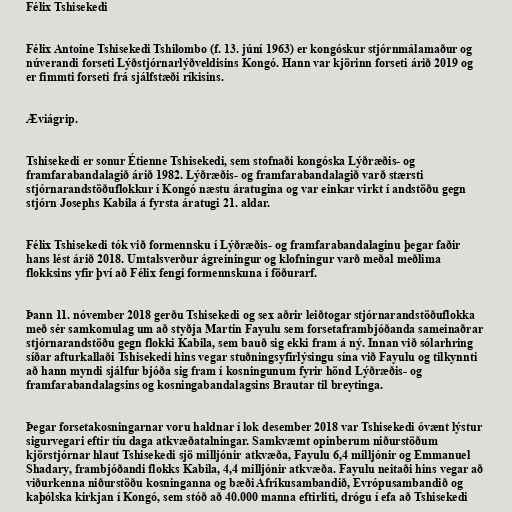
Félix Tshisekedi

Félix Antoine Tshisekedi Tshilombo (f. 13. júní 1963) er kongóskur stjórnmálamaður og
núverandi forseti Lýðstjórnarlýðveldisins Kongó. Hann var kjörinn forseti árið 2019 og
er fimmti forseti frá sjálfstæði ríkisins.

Æviágrip.

Tshisekedi er sonur Étienne Tshisekedi, sem stofnaði kongóska Lýðræðis- og
framfarabandalagið árið 1982. Lýðræðis- og framfarabandalagið varð stærsti
stjórnarandstöðuflokkur í Kongó næstu áratugina og var einkar virkt í andstöðu gegn
stjórn Josephs Kabila á fyrsta áratugi 21. aldar.

Félix Tshisekedi tók við formennsku í Lýðræðis- og framfarabandalaginu þegar faðir
hans lést árið 2018. Umtalsverður ágreiningur og klofningur varð meðal meðlima
flokksins yfir því að Félix fengi formennskuna í föðurarf.

Þann 11. nóvember 2018 gerðu Tshisekedi og sex aðrir leiðtogar stjórnarandstöðuflokka
með sér samkomulag um að styðja Martin Fayulu sem forsetaframbjóðanda sameinaðrar
stjórnarandstöðu gegn flokki Kabila, sem bauð sig ekki fram á ný. Innan við sólarhring
síðar afturkallaði Tshisekedi hins vegar stuðningsyfirlýsingu sína við Fayulu og tilkynnti
að hann myndi sjálfur bjóða sig fram í kosningunum fyrir hönd Lýðræðis- og
framfarabandalagsins og kosningabandalagsins Brautar til breytinga.

Þegar forsetakosningarnar voru haldnar í lok desember 2018 var Tshisekedi óvænt lýstur
sigurvegari eftir tíu daga atkvæðatalningar. Samkvæmt opinberum niðurstöðum
kjörstjórnar hlaut Tshisekedi sjö milljónir atkvæða, Fayulu 6,4 milljónir og Emmanuel
Shadary, frambjóðandi flokks Kabila, 4,4 milljónir atkvæða. Fayulu neitaði hins vegar að
viðurkenna niðurstöðu kosninganna og bæði Afríkusambandið, Evrópusambandið og
kaþólska kirkjan í Kongó, sem stóð að 40.000 manna eftirliti, drógu í efa að Tshisekedi